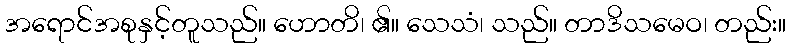
အရောင်အစုနှင့်တူသည်။ ဟောတိ၊ ၏။ သေသံ၊ သည်။ တာဒိသမေဝ၊ တည်း။